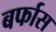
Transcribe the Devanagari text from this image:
बर्फास